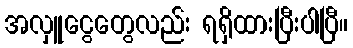
အလှူငွေတွေလည်း ရရှိထားပြီးပါပြီ။